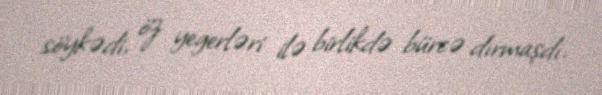
söykədi, öz yegerləri ilə birlikdə bürcə dırmaşdı.